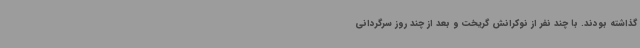
گذاشته بودند. با چند نفر از نوکرانش گریخت و بعد از چند روز سرگردانی